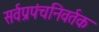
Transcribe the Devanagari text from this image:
सर्वप्रपंचनिवर्तक